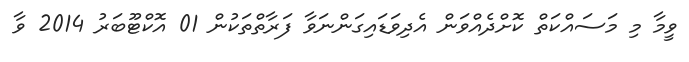
ވީމާ މި މަސައްކަތް ކޮށްދެއްވަން އެދިވަޑައިގަންނަވާ ފަރާތްތަކުން 01 އޮކްޓޫބަރު 2014 ވާ